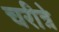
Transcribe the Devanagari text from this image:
चरीत्रे